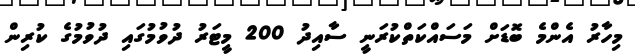
މިހާރު އެންމެ ބޮޑަށް މަސައްކަތްކުރަނީ ސާއިދު 200 މީޓަރު ދުވުމުގައި ދުވުމުގެ ކުރިން